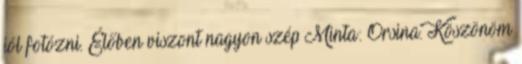
jól fotózni. Élőben viszont nagyon szép Minta: Orsina. Köszönöm